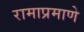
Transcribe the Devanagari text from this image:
रामाप्रमाणे